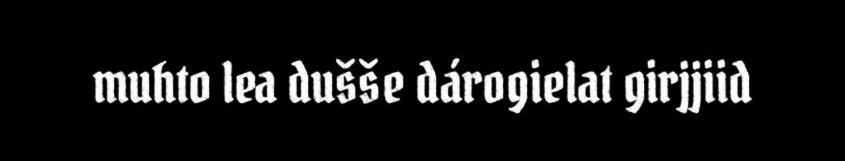
muhto lea dušše dárogielat girjjiid